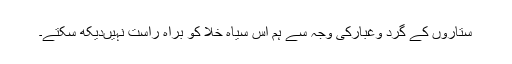
ستاروں کے گرد وغبارکی وجہ سے ہم اس سیاہ خلا کو براہ راست نہیںدیکھ سکتے۔